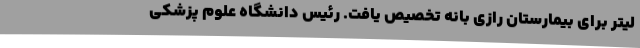
لیتر برای بیمارستان رازی بانه تخصیص یافت‌. رئیس دانشگاه علوم پزشکی